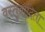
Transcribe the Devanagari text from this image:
वस्तुवादिता